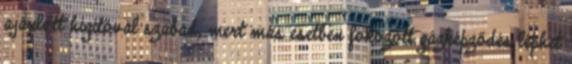
ajánlott hígítóval szabad, mert más esetben fokozott gázképződés léphet